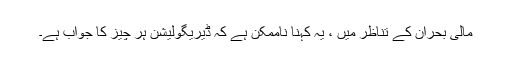
مالی بحران کے تناظر میں ، یہ کہنا ناممکن ہے کہ ڈیریگولیشن ہر چیز کا جواب ہے۔